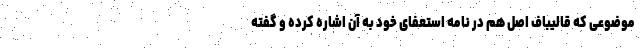
موضوعی که قالیباف اصل هم در نامه استعفای خود به آن اشاره کرده و گفته